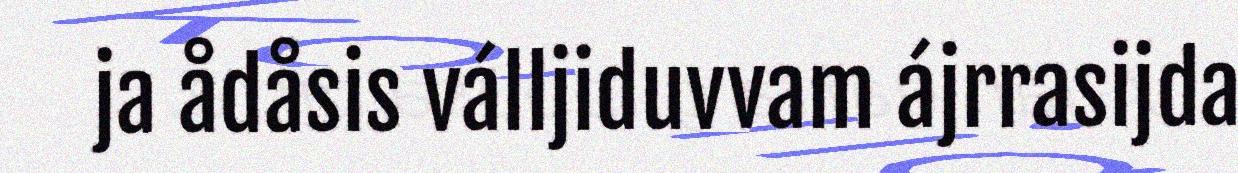
ja ådåsis válljiduvvam ájrrasijda